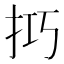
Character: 𢫚